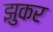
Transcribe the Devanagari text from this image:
झुकर